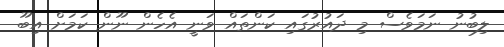
ލިބުނު ނަމަވެސް މި ދައުރުގައި ކަންތައް ވަނީ އެހެން ނޫން ކަމަށް އިބޫ